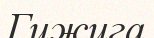
Гижига